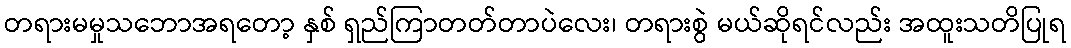
တရားမမှုသဘောအရတော့ နှစ် ရှည်ကြာတတ်တာပဲလေး၊ တရားစွဲ မယ်ဆိုရင်လည်း အထူးသတိပြုရ